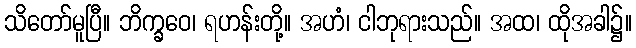
သိတော်မူပြီ။ ဘိက္ခဝေ၊ ရဟန်းတို့။ အဟံ၊ ငါဘုရားသည်။ အထ၊ ထိုအခါ၌။